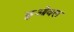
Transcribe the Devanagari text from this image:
छुओवल